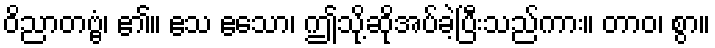
ဝိညာတဗ္ဗံ၊ ၏။ ဧသ ဧသော၊ ဤသို့ဆိုအပ်ခဲ့ပြီးသည်ကား။ တာဝ၊ စွာ။